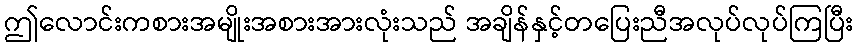
ဤလောင်းကစားအမျိုးအစားအားလုံးသည် အချိန်နှင့်တပြေးညီအလုပ်လုပ်ကြပြီး